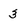
Character: 3